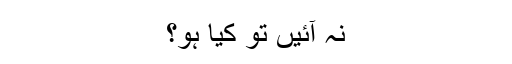
نہ آئیں تو کیا ہو؟